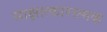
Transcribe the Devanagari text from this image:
साक्षात्कारात्मक